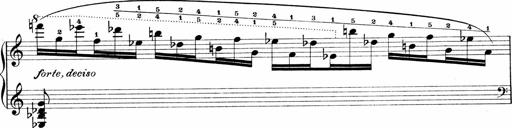
Title: Sonatina No.1
Composer: Otto Stoll
Key: C major